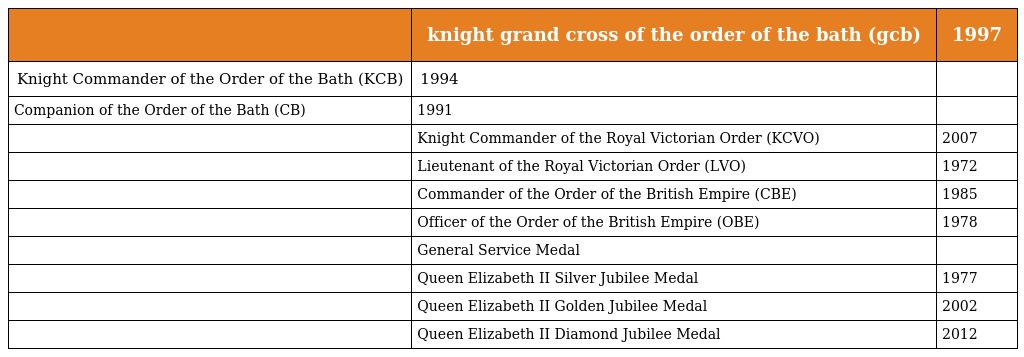
|  | knight grand cross of the order of the bath (gcb) | 1997 |
 | --- | --- | --- |
 | Knight Commander of the Order of the Bath (KCB) | 1994 |  |
 | Companion of the Order of the Bath (CB) | 1991 |  |
 |  | Knight Commander of the Royal Victorian Order (KCVO) | 2007 |
 |  | Lieutenant of the Royal Victorian Order (LVO) | 1972 |
 |  | Commander of the Order of the British Empire (CBE) | 1985 |
 |  | Officer of the Order of the British Empire (OBE) | 1978 |
 |  | General Service Medal |  |
 |  | Queen Elizabeth II Silver Jubilee Medal | 1977 |
 |  | Queen Elizabeth II Golden Jubilee Medal | 2002 |
 |  | Queen Elizabeth II Diamond Jubilee Medal | 2012 |